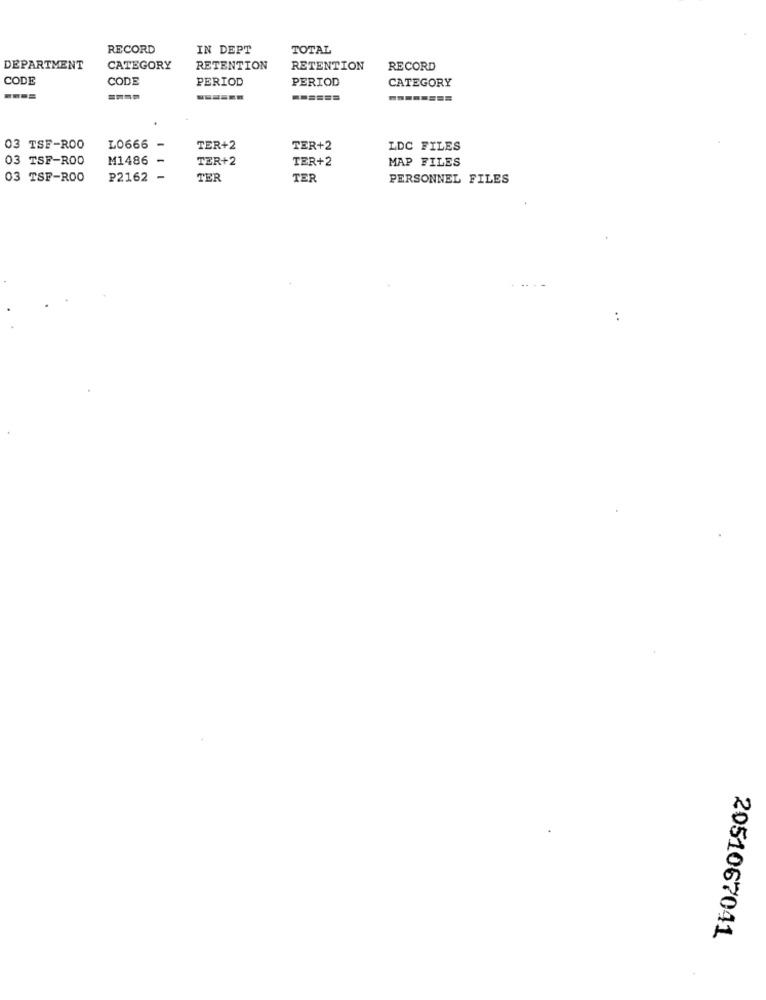
RECORD
IN DEPT
TOTAL
DEPARTMENT
CATEGORY
RETENTION
RETENTION
RECORD
CODE
CODE
PERIOD
PERIOD
CATEGORY
====
======
-
03 TSF-ROO
L0666
TER+2
TER+2
LDC FILES
03 TSF-ROO
M1486
TER+2
TER+2
MAP FILES
03 TSF-ROO
P2162
TER
TER
PERSONNEL FILES
2051067041